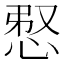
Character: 𢚫